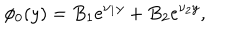
\phi _ { 0 } ( y ) = B _ { 1 } e ^ { \nu _ { 1 } y } + B _ { 2 } e ^ { \nu _ { 2 } y } ,